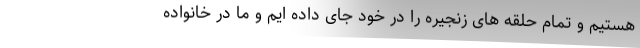
هستیم و تمام حلقه های زنجیره را در خود جای داده ایم و ما در خانواده